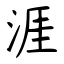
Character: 涯